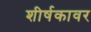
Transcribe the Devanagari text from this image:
शीर्षकावर